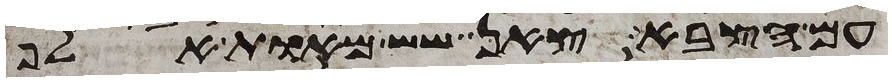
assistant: עם הצבא צאן שש מאות אלף